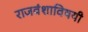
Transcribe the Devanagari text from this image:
राजवंशाविषयी